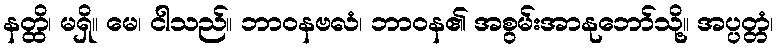
နတ္ထိ၊ မရှိ။ မေ၊ ငါသည်။ ဘာဝနဗလံ၊ ဘာဝန၏ အစွမ်းအာနုဘော်သို့။ အပ္ပတ္တံ၊